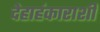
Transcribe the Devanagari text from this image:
देहाहंकाराशी